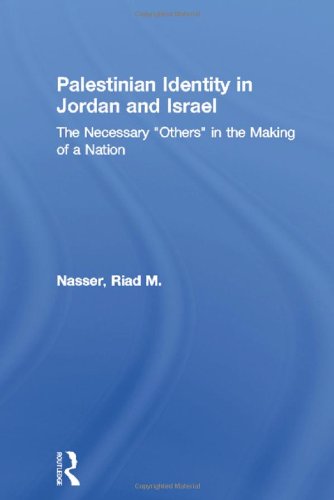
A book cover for Palestinian Identity in Jordan and Israel: The Necessary "Others" in the Making of a Nation (Middle East Studies: History, Politics & Law); Riad M. Nasser; History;